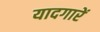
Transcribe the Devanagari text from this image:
यादगारें